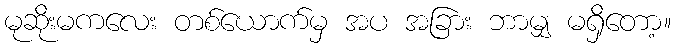
မုဆိုးမကလေး တစ်ယောက်မှ အပ အခြား ဘာမျှ မရှိတော့။